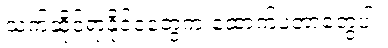
သက်ဆိုင်ရာနိုင်ငံတွေက ထောက်ပံ့တာတွေပါ။